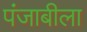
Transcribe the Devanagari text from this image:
पंजाबीला